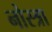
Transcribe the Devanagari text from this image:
नोस्त्रा